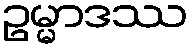
ဥမ္မာဒဿ